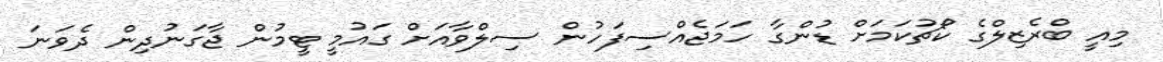
މިއީ ބްރެޒިލްގެ ކޯޗުކަމަށް ޑުންގާ ހަމަޖެއްސިފަހުން ސިލްވާއަށް ގައުމީ ޓީމުން ޖާގަނުދިން ދެވަނަ